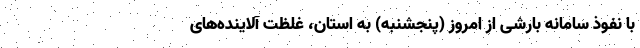
با نفوذ سامانه بارشی از امروز (پنجشنبه) به استان، غلظت آلاینده‌های